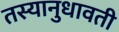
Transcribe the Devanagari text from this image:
तस्यानुधावती